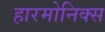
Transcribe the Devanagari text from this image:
हारमोनिक्स